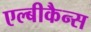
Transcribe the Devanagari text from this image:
एल्बीकैन्स